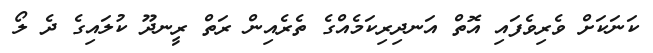
ކަނަކަށް ވެރިވެފައި އޮތް އަނދިރިކަމެއްގެ ތެރެއިން ރަތް ރީނދޫ ކުލައިގެ ދެ ލޯ